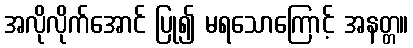
အလိုလိုက်အောင် ပြု၍ မရသောကြောင့် အနတ္တ။